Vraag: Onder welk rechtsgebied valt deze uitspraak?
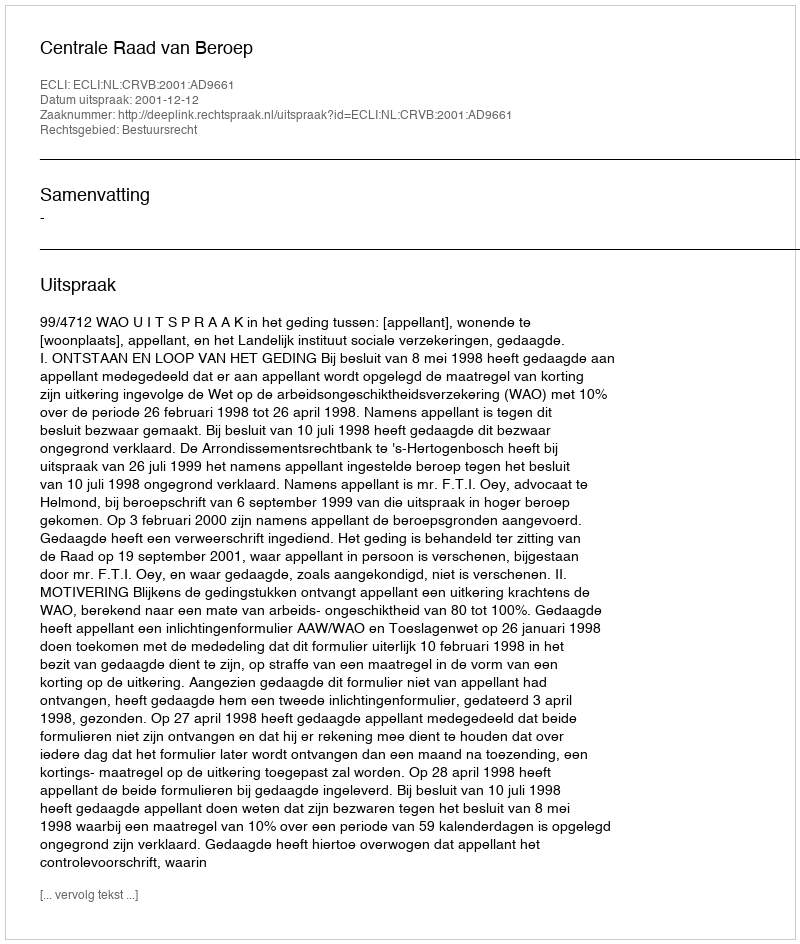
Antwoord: Bestuursrecht